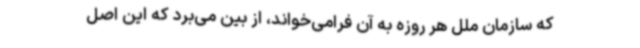
که سازمان ملل هر روزه به آن فرامی‌خواند، از بین می‌برد که این اصل